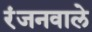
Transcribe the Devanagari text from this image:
रंजनवाले